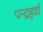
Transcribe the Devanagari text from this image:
पन्द्रहवाँ